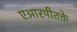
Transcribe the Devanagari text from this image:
एआरपीतक्ते